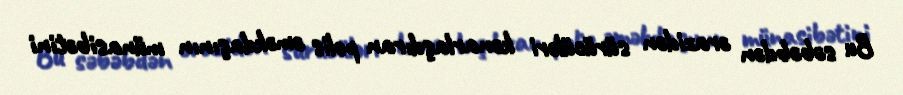
Bu səbəbdən ərazidən sürücüləri kənarlaşdıran polis əməkdaşının münasibətini